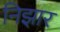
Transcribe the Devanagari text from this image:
निझार